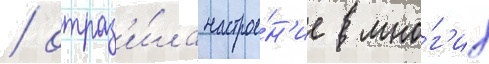
/ отраз'и́ла настрое́н'ие мно́г'их